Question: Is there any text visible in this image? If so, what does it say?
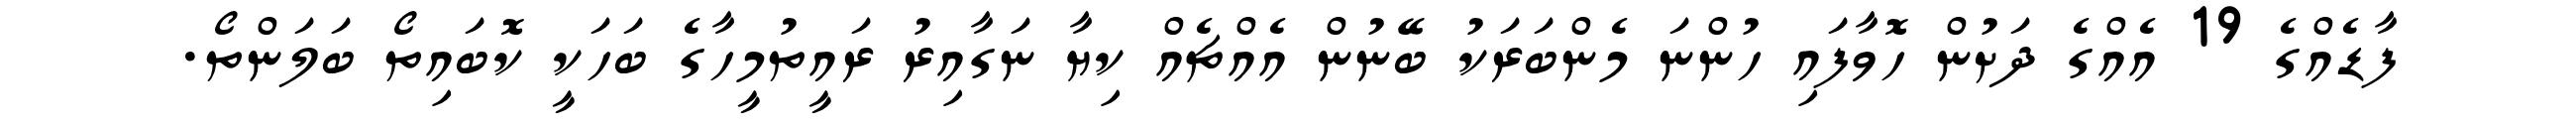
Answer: ފާޑެއްގެ 19 އެއްގެ ދަށުން ހޮވާފައި ހުންނަ މެންބަރަކު ބޭނުން އެއްޗެއް ކިޔާ ނަގާއިރު ރައީތުމީހާގެ ބަހަކީ ކޮބައިތޯ ބަލަންތޯ.